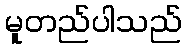
မူတည်ပါသည်